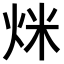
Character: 𤇿